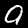
Digit: 9